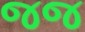
જજ